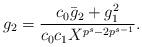
LaTeX: \begin{align*}g_2 = \frac{c_0{\bar g_2}+g_1^2}{c_0c_1X^{p^s-2p^{s-1}}}.\end{align*}